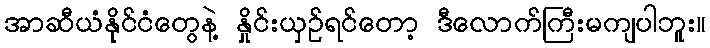
အာဆီယံနိုင်ငံတွေနဲ့ နှိုင်းယှဉ်ရင်တော့ ဒီလောက်ကြီးမကျပါဘူး။